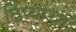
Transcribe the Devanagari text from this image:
टिप्याचा